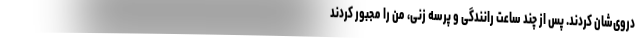
دروی‌شان کردند. پس از چند ساعت رانندگی و پرسه زنی، من را مجبور کردند